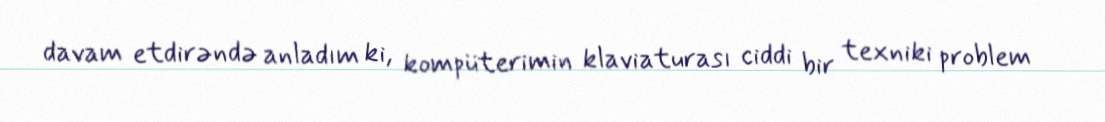
davam etdirəndə anladım ki, kompüterimin klaviaturası ciddi bir texniki problem